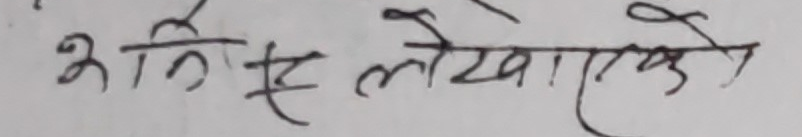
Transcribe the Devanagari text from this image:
अति लेखिएको